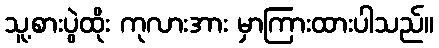
သူ့စားပွဲထိုး ကုလားအား မှာကြားထားပါသည်။